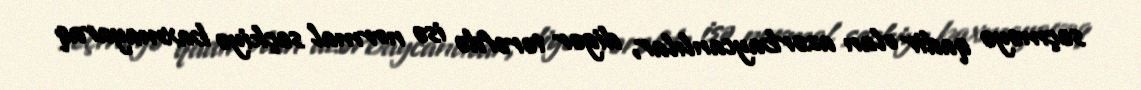
seçməyə qadir olan azərbaycanlılar, digər tərəfdə isə normal seçkiyə baxmayaraq